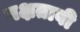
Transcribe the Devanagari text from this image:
पक्षतावी